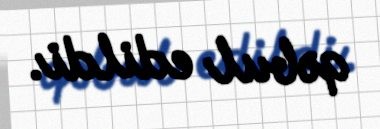
qəbul edildi.